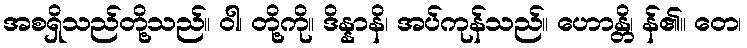
အစရှိသည်တို့သည်။ ဝါ၊ တို့ကို။ ဒိန္နာနိ၊ အပ်ကုန်သည်။ ဟောန္တိ၊ န်၏။ တေ၊